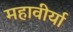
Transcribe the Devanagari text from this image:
महावीर्या